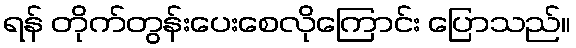
ရန် တိုက်တွန်းပေးစေလိုကြောင်း ပြောသည်။